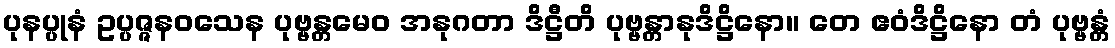
ပုနပ္ပုနံ ဥပ္ပဇ္ဇနဝသေန ပုဗ္ဗန္တမေဝ အနုဂတာ ဒိဋ္ဌီတိ ပုဗ္ဗန္တာနုဒိဋ္ဌိနော။ တေ ဧဝံဒိဋ္ဌိနော တံ ပုဗ္ဗန္တံ